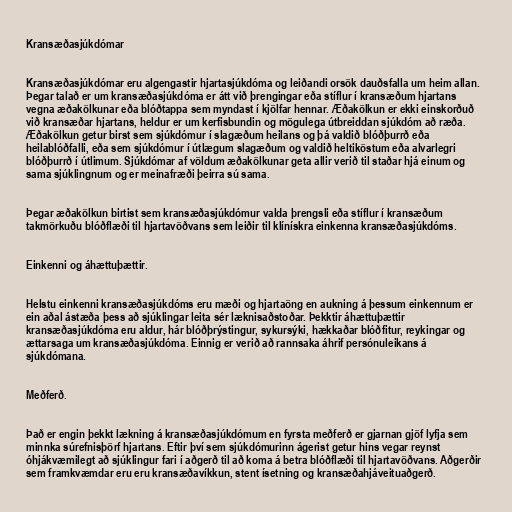
Kransæðasjúkdómar

Kransæðasjúkdómar eru algengastir hjartasjúkdóma og leiðandi orsök dauðsfalla um heim allan.
Þegar talað er um kransæðasjúkdóma er átt við þrengingar eða stíflur í kransæðum hjartans
vegna æðakölkunar eða blóðtappa sem myndast í kjölfar hennar. Æðakölkun er ekki einskorðuð
við kransæðar hjartans, heldur er um kerfisbundin og mögulega útbreiddan sjúkdóm að ræða.
Æðakölkun getur birst sem sjúkdómur í slagæðum heilans og þá valdið blóðþurrð eða
heilablóðfalli, eða sem sjúkdómur í útlægum slagæðum og valdið heltiköstum eða alvarlegri
blóðþurrð í útlimum. Sjúkdómar af völdum æðakölkunar geta allir verið til staðar hjá einum og
sama sjúklingnum og er meinafræði þeirra sú sama.

Þegar æðakölkun birtist sem kransæðasjúkdómur valda þrengsli eða stíflur í kransæðum
takmörkuðu blóðflæði til hjartavöðvans sem leiðir til klínískra einkenna kransæðasjúkdóms.

Einkenni og áhættuþættir.

Helstu einkenni kransæðasjúkdóms eru mæði og hjartaöng en aukning á þessum einkennum er
ein aðal ástæða þess að sjúklingar leita sér læknisaðstoðar. Þekktir áhættuþættir
kransæðasjúkdóma eru aldur, hár blóðþrýstingur, sykursýki, hækkaðar blóðfitur, reykingar og
ættarsaga um kransæðasjúkdóma. Einnig er verið að rannsaka áhrif persónuleikans á
sjúkdómana.

Meðferð.

Það er engin þekkt lækning á kransæðasjúkdómum en fyrsta meðferð er gjarnan gjöf lyfja sem
minnka súrefnisþörf hjartans. Eftir því sem sjúkdómurinn ágerist getur hins vegar reynst
óhjákvæmilegt að sjúklingur fari í aðgerð til að koma á betra blóðflæði til hjartavöðvans. Aðgerðir
sem framkvæmdar eru eru kransæðavíkkun, stent ísetning og kransæðahjáveituaðgerð.